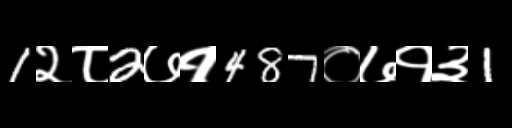
Text: 1२८2७१487०७१३1